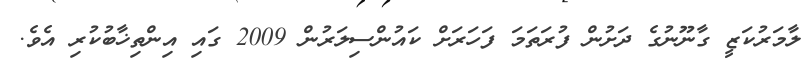
ލާމަރުކަޒީ ގާނޫނުގެ ދަށުން ފުރަތަމަ ފަހަރަށް ކައުންސިލަރުން 2009 ގައި އިންތިޚާބުކުރި އެވެ.